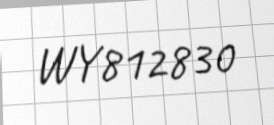
WY812830